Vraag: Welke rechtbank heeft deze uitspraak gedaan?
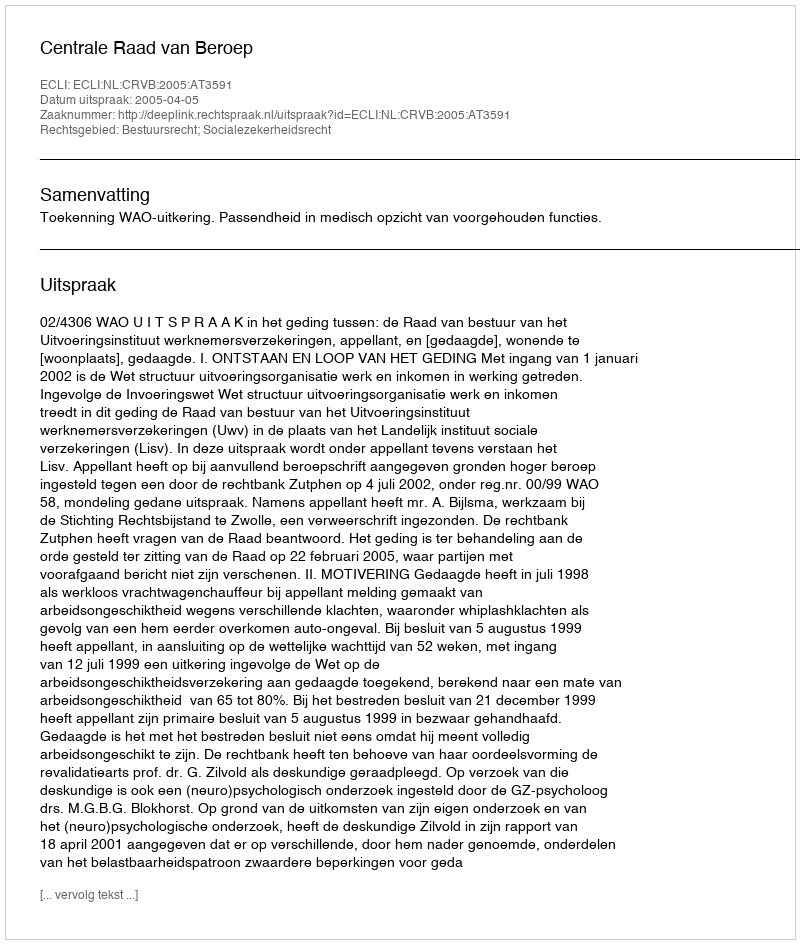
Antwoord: Centrale Raad van Beroep